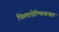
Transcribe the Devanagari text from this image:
फिलाडेल्फियानंतर